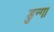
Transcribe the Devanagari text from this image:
डुन्गा